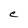
Character: C